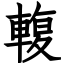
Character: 輹